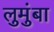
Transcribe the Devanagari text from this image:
लुमुंबा